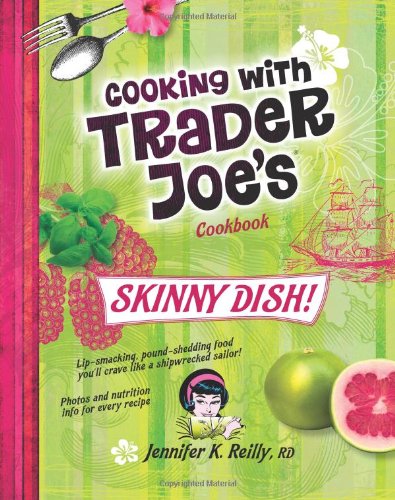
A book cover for Cooking with Trader Joe's Cookbook: Skinny Dish!; Jennifer K. Reilly; Health, Fitness & Dieting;